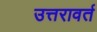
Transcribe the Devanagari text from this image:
उत्तरावर्त